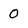
Character: 0